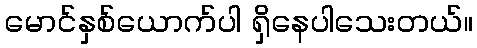
မောင်နှစ်ယောက်ပါ ရှိနေပါသေးတယ်။